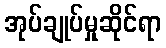
အုပ်ချုပ်မှုဆိုင်ရာ